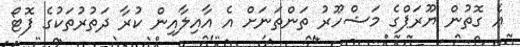
އެ ގޮތުން ޔޫރަޕްގެ މަޝްހޫރު ތަންތަނަށް އެ އާއިލާއިން ކުރާ ދަތުރުތަކުގެ ފޮޓޯ